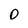
Character: O